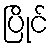
ပြိုင်